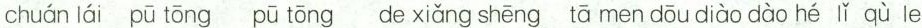
chuán lái pū tōng pū tōng de xiǎng shēng tā men dōu diào dào hé lǐ qù le